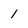
Character: 1